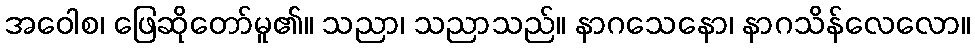
အဝေါစ၊ ဖြေဆိုတော်မူ၏။ သညာ၊ သညာသည်။ နာဂသေနော၊ နာဂသိန်လေလော။